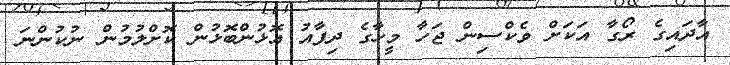
އާދައިގެ ރޯގާ އަކަށް ވެކްސިން ޖަހާ މީހާގެ ދިފާއު އޮޅުންބޮޅުން ކޮށްލުމުން ނުކުންނަ